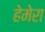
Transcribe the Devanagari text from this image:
हेमेरा